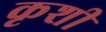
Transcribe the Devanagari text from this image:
कृशी